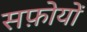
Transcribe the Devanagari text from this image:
सफ़ोयों